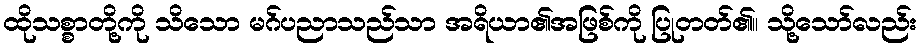
ထိုသစ္စာတို့ကို သိသော မဂ်ပညာသည်သာ အရိယာ၏အဖြစ်ကို ပြုတတ်၏။ သို့သော်လည်း